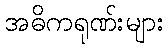
အဓိကရုဏ်းများ